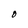
Character: O